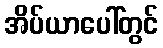
အိပ်ယာပေါ်တွင်